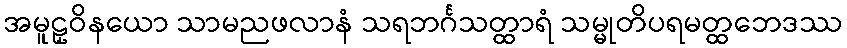
အမူဠှဝိနယော သာမညဖလာနံ သရဘင်္ဂသတ္ထာရံ သမ္မုတိပရမတ္ထဘေဒဿ